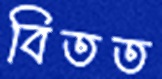
বিতত